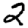
Digit: 2